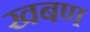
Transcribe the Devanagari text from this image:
खबण